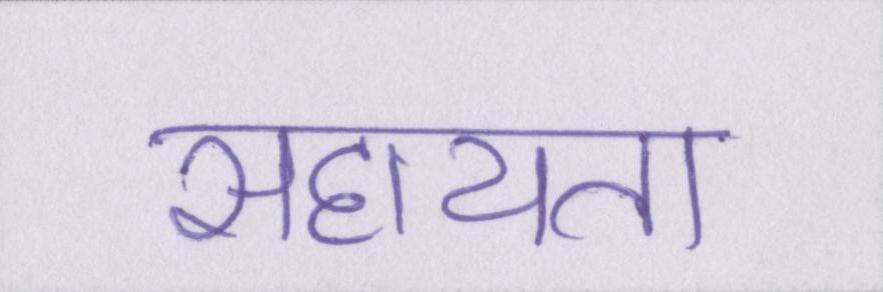
सहायता